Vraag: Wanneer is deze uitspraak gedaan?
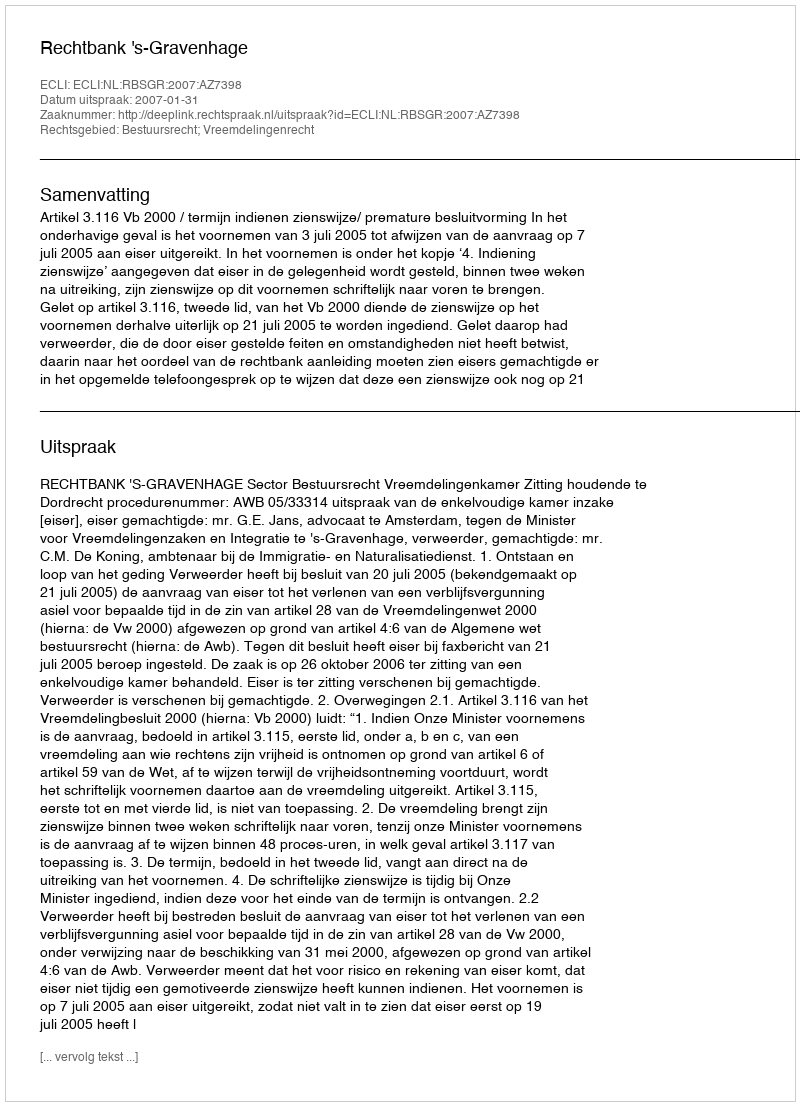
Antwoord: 2007-01-31